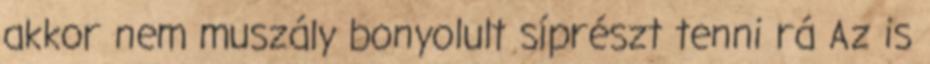
akkor nem muszály bonyolult síprészt tenni rá Az is